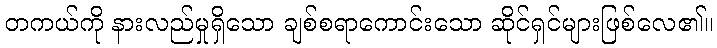
တကယ်ကို နားလည်မှုရှိသော ချစ်စရာကောင်းသော ဆိုင်ရှင်များဖြစ်လေ၏။